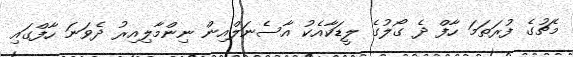
މެޗުގެ ފުރަތަމަ ހާފް ދެ ގޯލުގެ ލީޑަކާއެކު އާސެނަލްއިން ނިންމާލިއިރު ދެވަނަ ހާފްގައި